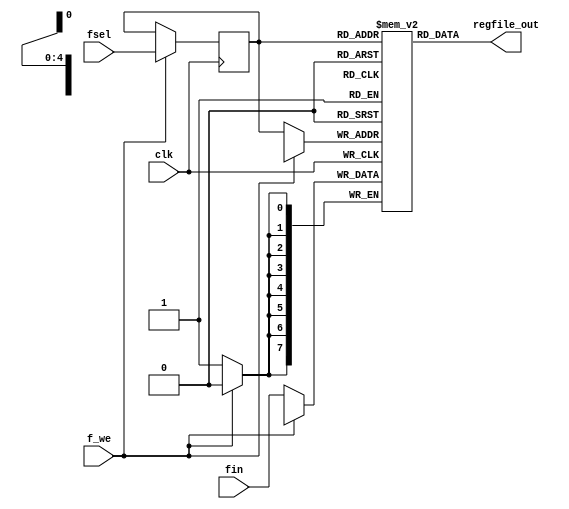

`define RTL_VERSION

module reg_file (clk, f_we, fsel, fin, regfile_out);

input        clk;
input        f_we;
input  [4:0] fsel;          // Interface to microprogram in ROM
input  [7:0] fin;           // Input busses
output [7:0] regfile_out;          // Output busses

reg [4:0] addr;
reg[7:0] mem_regfile[31:0];

assign regfile_out = mem_regfile[addr];

always @(posedge clk)
begin
if(f_we )
  addr = fsel;
else
  mem_regfile[addr] = fin;
end
endmodule